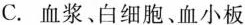
C.血浆、白细胞、血小板